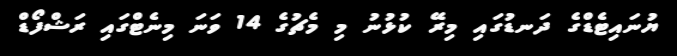
ޔުނައިޓެޑްގެ ދަނޑުގައި މިރޭ ކުޅުނު މި މެޗުގެ 14 ވަނަ މިނެޓްގައި ރަޝްފޯޑް